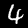
Digit: 4